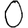
Digit: 0